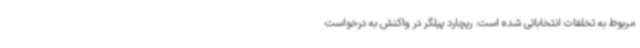
مربوط به تخلفات انتخاباتی شده است. ریچارد پیلگر در واکنش به درخواست